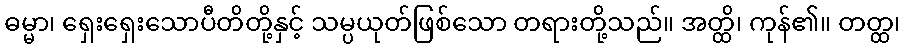
ဓမ္မာ၊ ရှေးရှေးသောပီတိတို့နှင့် သမ္ပယုတ်ဖြစ်သော တရားတို့သည်။ အတ္ထိ၊ ကုန်၏။ တတ္ထ၊